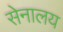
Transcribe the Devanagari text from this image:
सेनालय